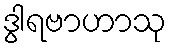
ဒွါရဗာဟာသု